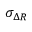
\sigma _ { \Delta R }